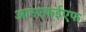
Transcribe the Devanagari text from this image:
आरएफईएफ